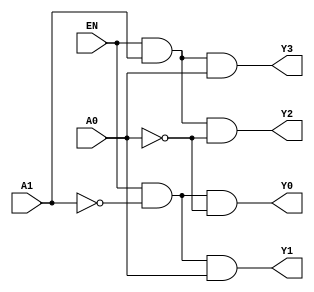
module decoder2to4 (
    input A0,
    input A1,
    input EN,
    output Y0,
    output Y1,
    output Y2,
    output Y3
);
    assign Y0 = EN & ~A1 & ~A0;
    assign Y1 = EN & ~A1 & A0;
    assign Y2 = EN & A1 & ~A0;
    assign Y3 = EN & A1 & A0;
endmodule